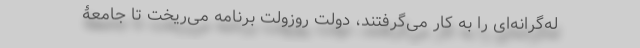
له‌گرانه‌ای را به کار می‌گرفتند، دولت روزولت برنامه می‌ریخت تا جامعۀ